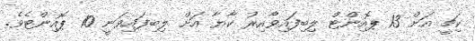
ކިޗީ އަށް 13 ޕޮއިންޓް ލިބިފައިވާއިރު ކާޔާ އަށް ލިބިފައިވަނީ 10 ޕޮއިންޓެވެ.